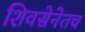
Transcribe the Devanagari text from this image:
शिवसेनेतच